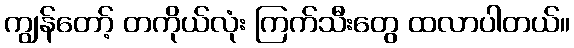
ကျွန်တော့် တကိုယ်လုံး ကြက်သီးတွေ ထလာပါတယ်။